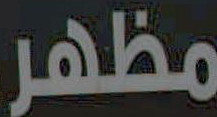
مظهر